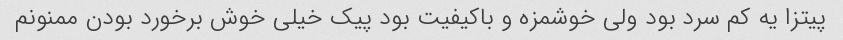
پیتزا یه کم سرد بود ولی خوشمزه و باکیفیت بود پیک خیلی خوش برخورد بودن ممنونم